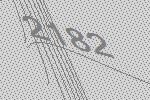
2182